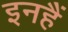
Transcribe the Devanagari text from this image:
इनहैं